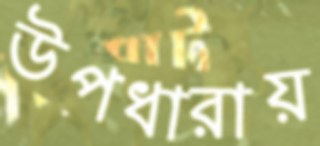
উপধারায়